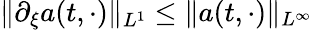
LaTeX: \| \partial_{\xi}a(t,\cdot)\| _{L^{1}}\leq\| a(t,\cdot)\| _{L^{\infty}}